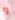
و